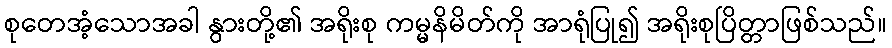
စုတေအံ့သောအခါ နွားတို့၏ အရိုးစု ကမ္မနိမိတ်ကို အာရုံပြု၍ အရိုးစုပြိတ္တာဖြစ်သည်။